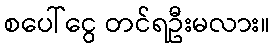
စပေါ်ငွေ တင်ရဦးမလား။